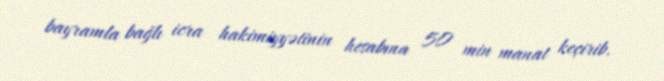
bayramla bağlı icra hakimiyyətinin hesabına 50 min manat keçirib.